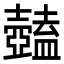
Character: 𥃕